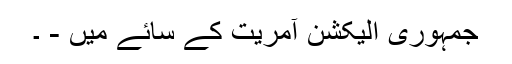
جمہوری الیکشن آمریت کے سائے میں - ۔